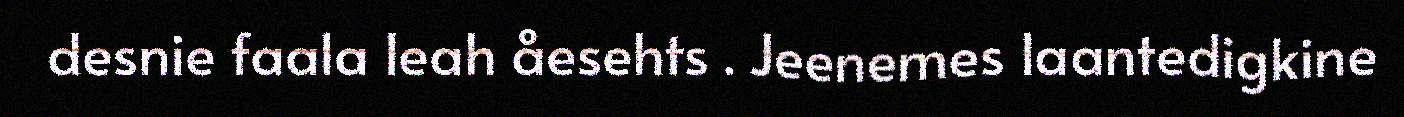
desnie faala leah åesehts . Jeenemes laantedigkine